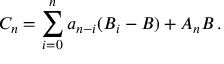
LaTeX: C _ { n } = \sum _ { i = 0 } ^ { n } a _ { n - i } ( B _ { i } - B ) + A _ { n } B \, .